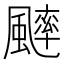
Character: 𩘱